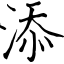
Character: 添